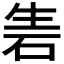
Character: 𥑦